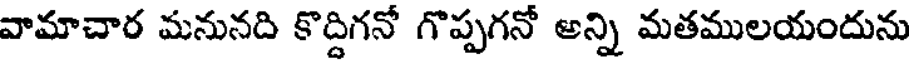
వామాచార మనునది కొద్దిగనో గొప్పగనో అన్ని మతములయందును